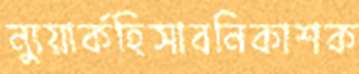
ন্যুয়ার্কহিসাবনিকাশক